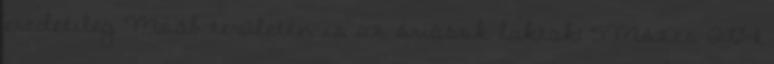
eredetileg Moáb területén is az óriások laktak: 5Mózes 2:10-11